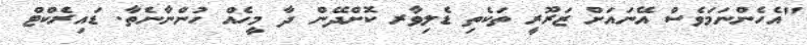
"އެހެންނަމަވެސް އޭނައަށް ޒަރޫރީ ތަކެތި ޑެލިވާރ ކޮށްދޭން ދާ މީހެއް ހުންނާނެތާ. ޑައިރެކްޓް